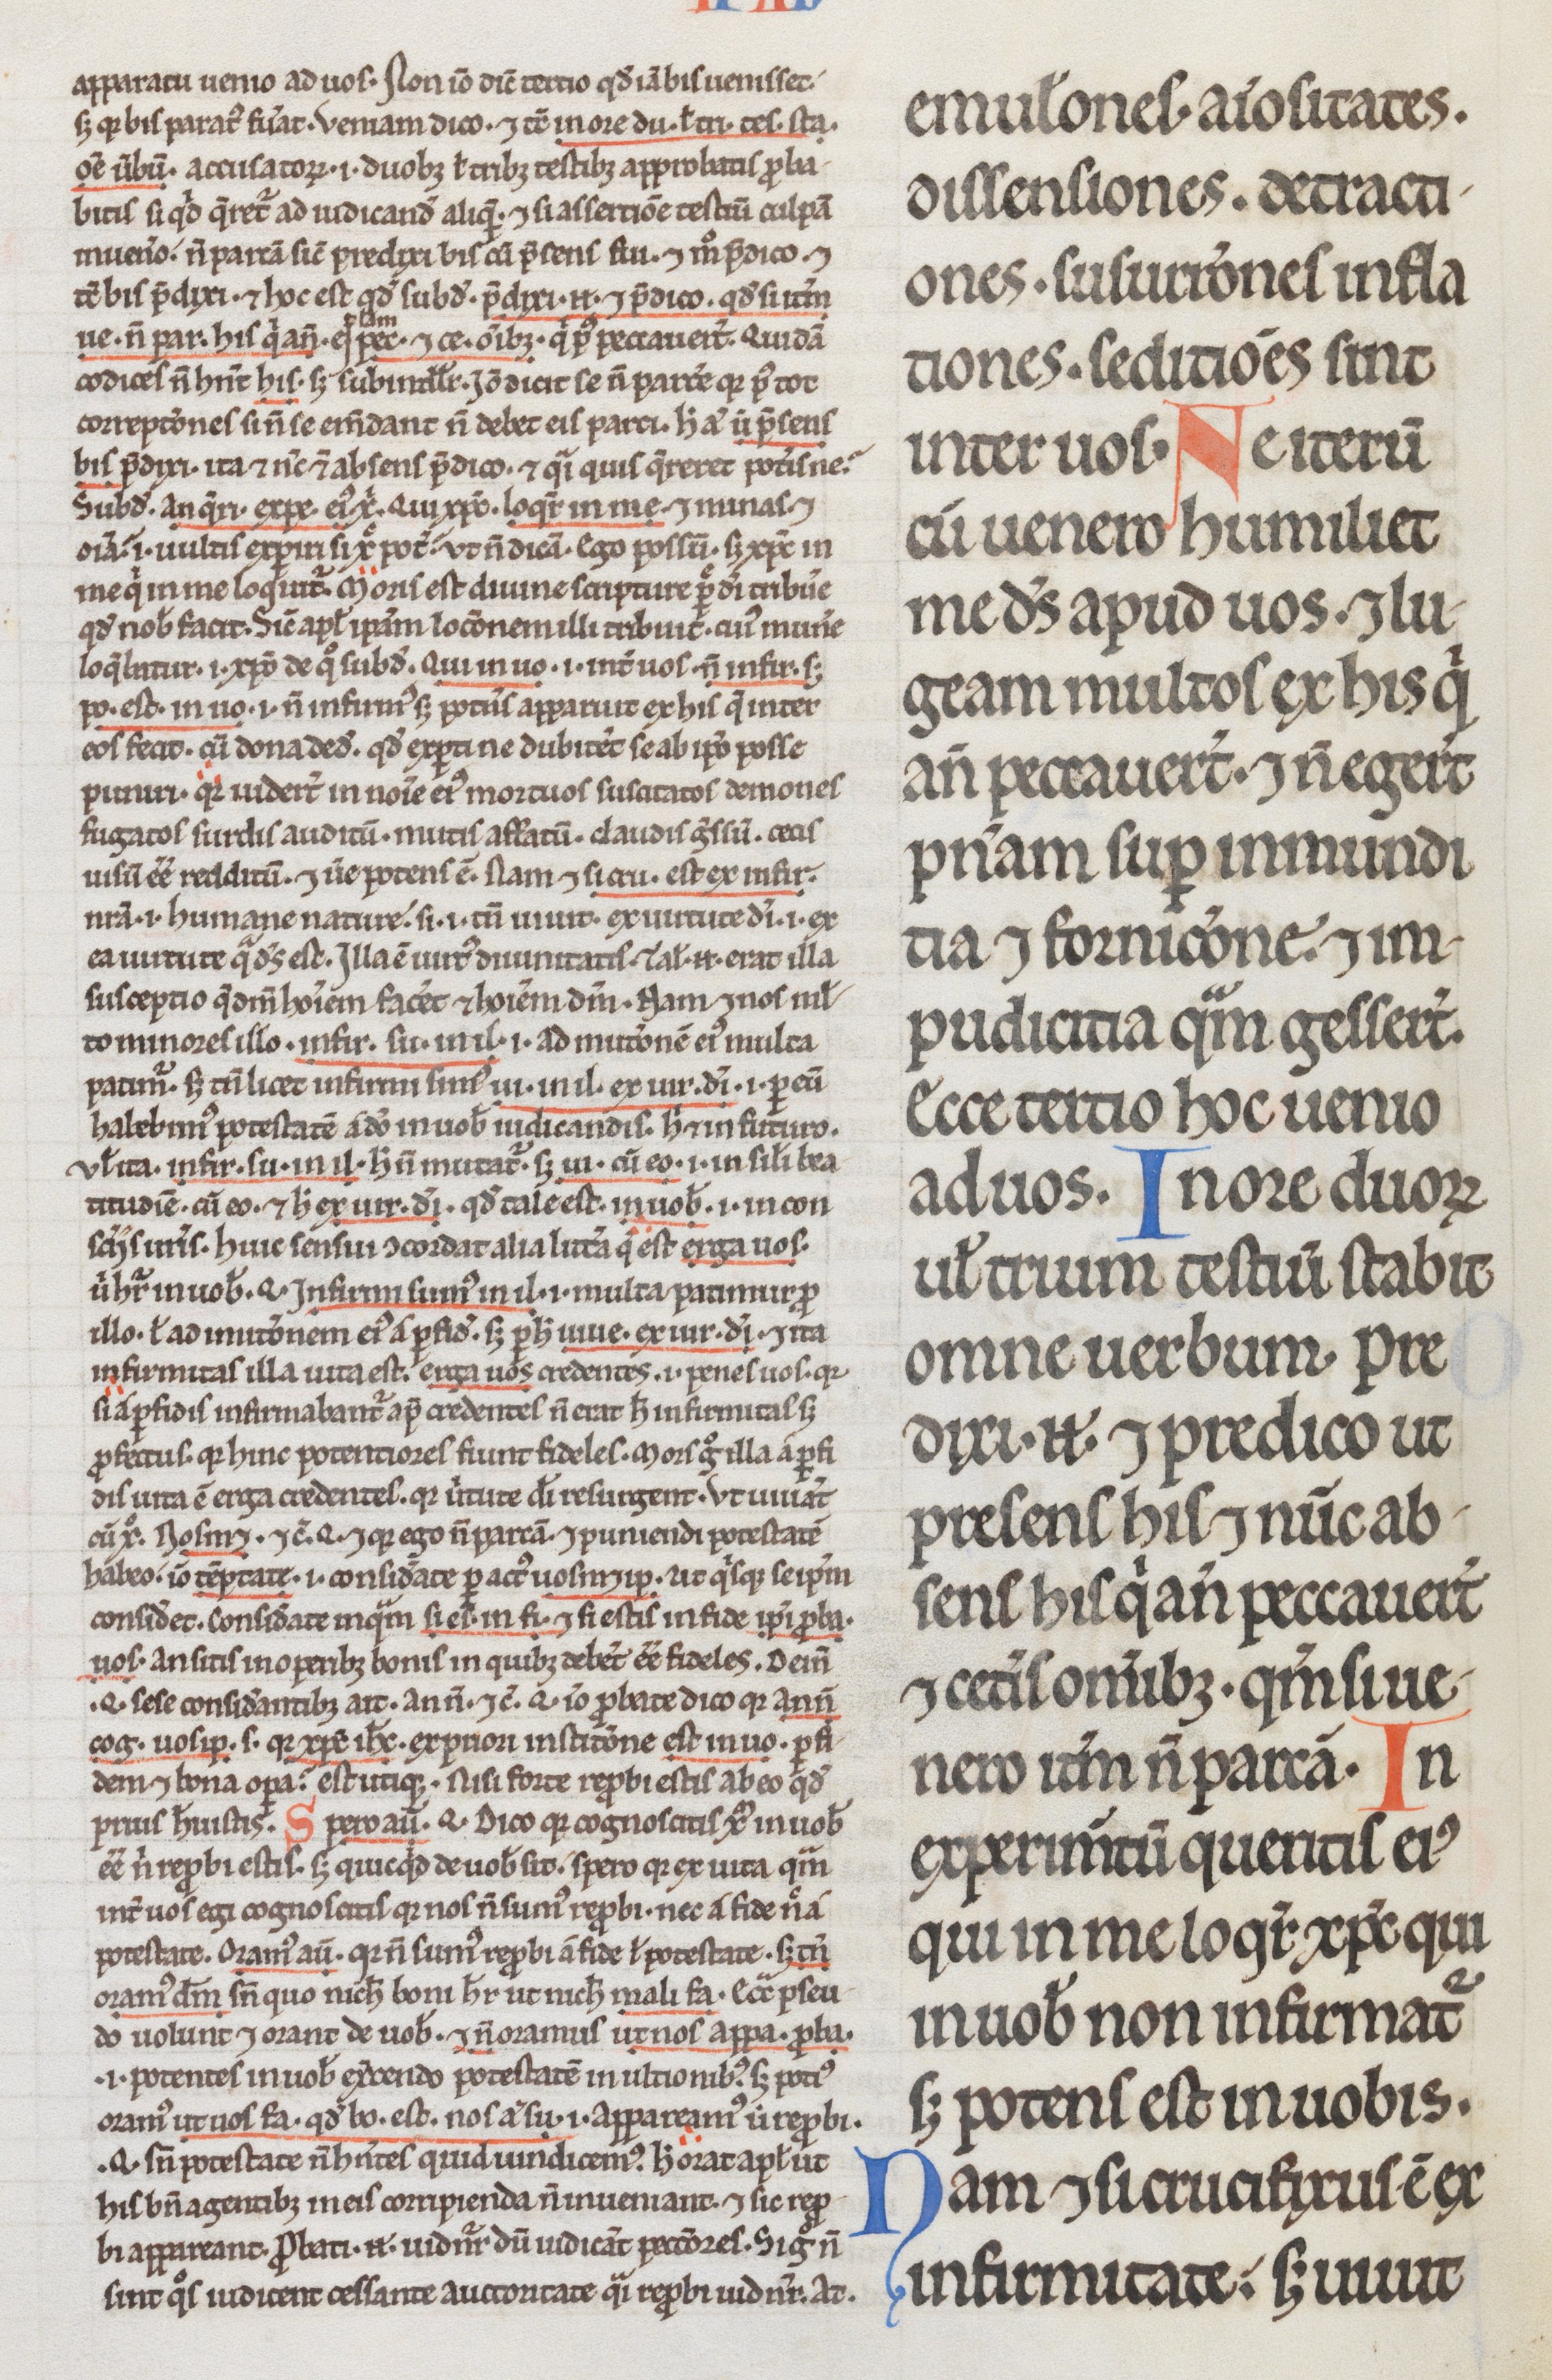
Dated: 1200–1299